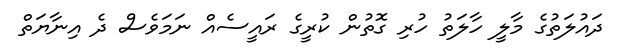
ދައުލަތުގެ މާލީ ހާލަތު ހުރި ގޮތުން ކުރީގެ ރައީސެއް ނަމަވެސް ދެ އިނާޔަތް